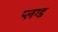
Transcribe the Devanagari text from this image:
प्लग्ड